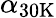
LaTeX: \alpha_{\mathrm{{30K}}}